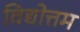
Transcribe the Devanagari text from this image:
विद्योत्तम